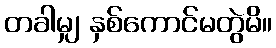
တခါမျှ နှစ်ကောင်မတွဲမိ။